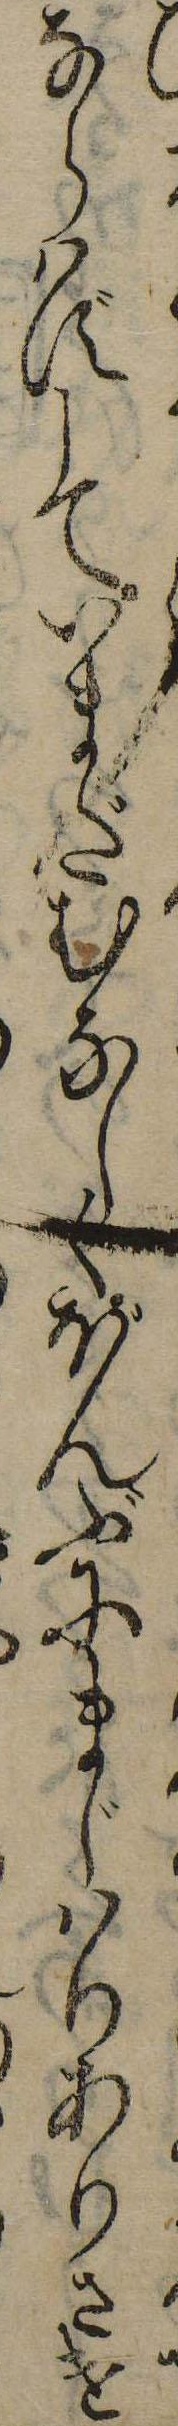
ならはずしていまだむなしくほんぶにまじはりありきけ